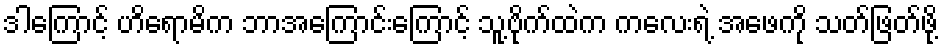
ဒါကြောင့် ဟိရောမိက ဘာအကြောင်းကြောင့် သူ့ဗိုက်ထဲက ကလေးရဲ့ အဖေကို သတ်ဖြတ်ဖို့